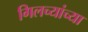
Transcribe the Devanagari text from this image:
गिलच्यांच्या